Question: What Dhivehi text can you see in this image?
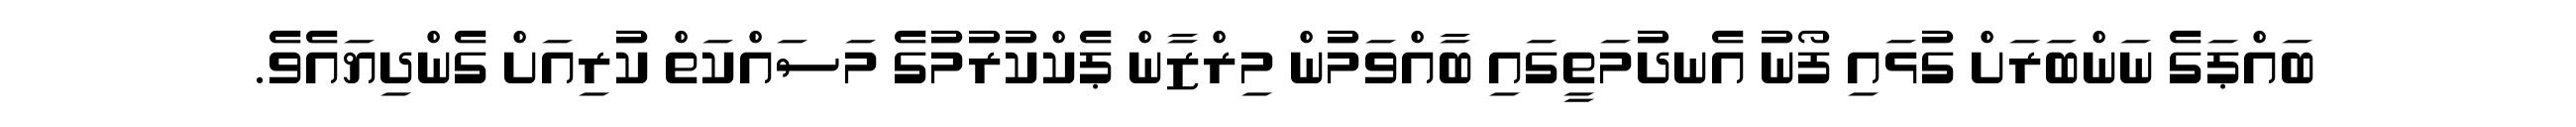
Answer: ބައްޕަގެ ނަންބަރަށް ގުޅައި ފޯނު އެނދުމަތީގައި ބާއްވަމުން މިރްޒާން ޕެކްކުރުމުގެ މަސައްކަތް ކުރިއަށް ގެންދިޔައެވެ.